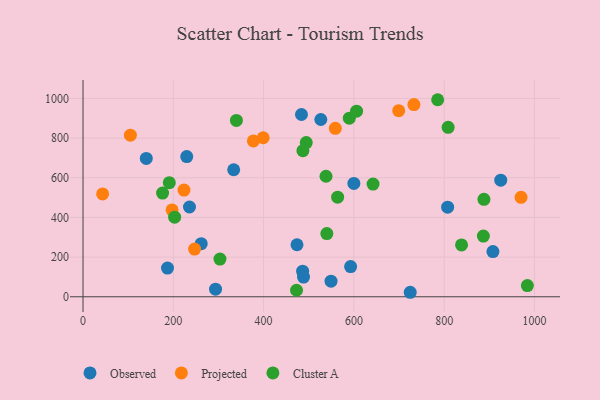
{"axis": {"x": "Speed", "y": "Demand"}, "legend": ["Cluster A", "Observed", "Projected"], "data": [{"x": "486.4", "y": 128.9, "type": "Observed"}, {"x": "187.1", "y": 144.9, "type": "Observed"}, {"x": "724.7", "y": 22.7, "type": "Observed"}, {"x": "483.8", "y": 919.0, "type": "Observed"}, {"x": "592.7", "y": 152.1, "type": "Observed"}, {"x": "235.8", "y": 452.6, "type": "Observed"}, {"x": "473.9", "y": 262.2, "type": "Observed"}, {"x": "140.1", "y": 697.3, "type": "Observed"}, {"x": "807.6", "y": 451.8, "type": "Observed"}, {"x": "599.9", "y": 571.3, "type": "Observed"}, {"x": "526.7", "y": 893.7, "type": "Observed"}, {"x": "925.2", "y": 588.0, "type": "Observed"}, {"x": "261.8", "y": 267.8, "type": "Observed"}, {"x": "549.3", "y": 78.6, "type": "Observed"}, {"x": "333.7", "y": 640.3, "type": "Observed"}, {"x": "293.5", "y": 38.5, "type": "Observed"}, {"x": "488.4", "y": 99.5, "type": "Observed"}, {"x": "229.7", "y": 706.8, "type": "Observed"}, {"x": "907.9", "y": 228.0, "type": "Observed"}, {"x": "399.0", "y": 801.6, "type": "Projected"}, {"x": "970.2", "y": 501.5, "type": "Projected"}, {"x": "104.9", "y": 814.5, "type": "Projected"}, {"x": "558.8", "y": 849.4, "type": "Projected"}, {"x": "732.9", "y": 969.1, "type": "Projected"}, {"x": "377.3", "y": 785.9, "type": "Projected"}, {"x": "197.2", "y": 437.6, "type": "Projected"}, {"x": "699.2", "y": 938.1, "type": "Projected"}, {"x": "223.6", "y": 538.0, "type": "Projected"}, {"x": "247.1", "y": 240.7, "type": "Projected"}, {"x": "43.4", "y": 518.5, "type": "Projected"}, {"x": "888.0", "y": 491.1, "type": "Cluster A"}, {"x": "538.2", "y": 607.6, "type": "Cluster A"}, {"x": "785.5", "y": 993.4, "type": "Cluster A"}, {"x": "487.0", "y": 736.5, "type": "Cluster A"}, {"x": "339.7", "y": 889.1, "type": "Cluster A"}, {"x": "494.4", "y": 777.6, "type": "Cluster A"}, {"x": "176.2", "y": 522.9, "type": "Cluster A"}, {"x": "984.2", "y": 56.4, "type": "Cluster A"}, {"x": "589.8", "y": 900.6, "type": "Cluster A"}, {"x": "472.9", "y": 32.9, "type": "Cluster A"}, {"x": "838.4", "y": 261.5, "type": "Cluster A"}, {"x": "886.7", "y": 306.2, "type": "Cluster A"}, {"x": "303.3", "y": 190.2, "type": "Cluster A"}, {"x": "540.0", "y": 318.8, "type": "Cluster A"}, {"x": "605.9", "y": 935.8, "type": "Cluster A"}, {"x": "642.4", "y": 568.0, "type": "Cluster A"}, {"x": "563.9", "y": 502.0, "type": "Cluster A"}, {"x": "202.9", "y": 401.4, "type": "Cluster A"}, {"x": "191.1", "y": 575.2, "type": "Cluster A"}, {"x": "808.7", "y": 854.3, "type": "Cluster A"}]}